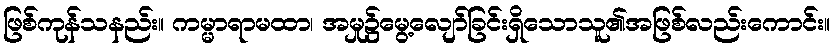
ဖြစ်ကုန်သနည်း။ ကမ္မာရာမထာ၊ အမှု၌မွေ့လျော်ခြင်းရှိသောသူ၏အဖြစ်လည်းကောင်း။